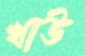
খাউ